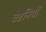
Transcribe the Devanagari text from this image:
वेष्टनियों